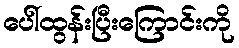
ပေါ်ထွန်းပြီးကြောင်းကို